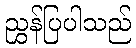
ညွှန်ပြပါသည်